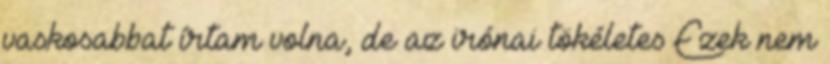
vaskosabbat írtam volna, de az irónai tökéletes Ezek nem